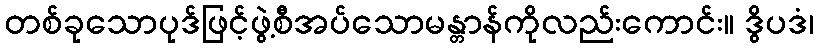
တစ်ခုသောပုဒ်ဖြင့်ဖွဲ့စီအပ်သောမန္တာန်ကိုလည်းကောင်း။ ဒွိပဒံ၊